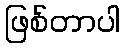
ဖြစ်တာပါ